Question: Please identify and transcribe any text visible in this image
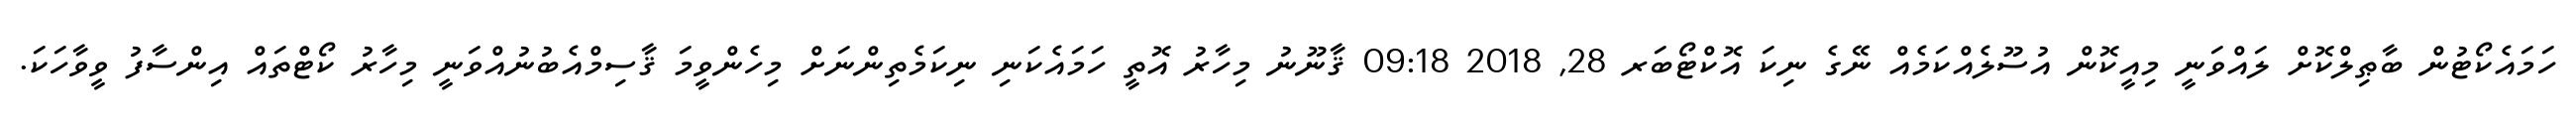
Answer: ހަމައެކޯޓުން ބާޠިލްކޮށް ލައްވަނީ މިއީކޮން އުސޫލެއްކަމެއް ނޭގެ ނިކަ އޮކްޓޯބަރ 28, 2018 09:18 ޤާނޫނު މިހާރު އޮތީ ހަމައެކަނި ނިކަމެތިންނަށް މިހެންވީމަ ޤާސިމްއެބުނުއްވަނީ މިހާރު ކޯޓްތައް އިންސާފު ވީވާހަކަ.